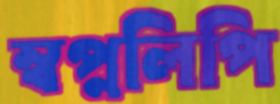
স্বপ্নলিপি